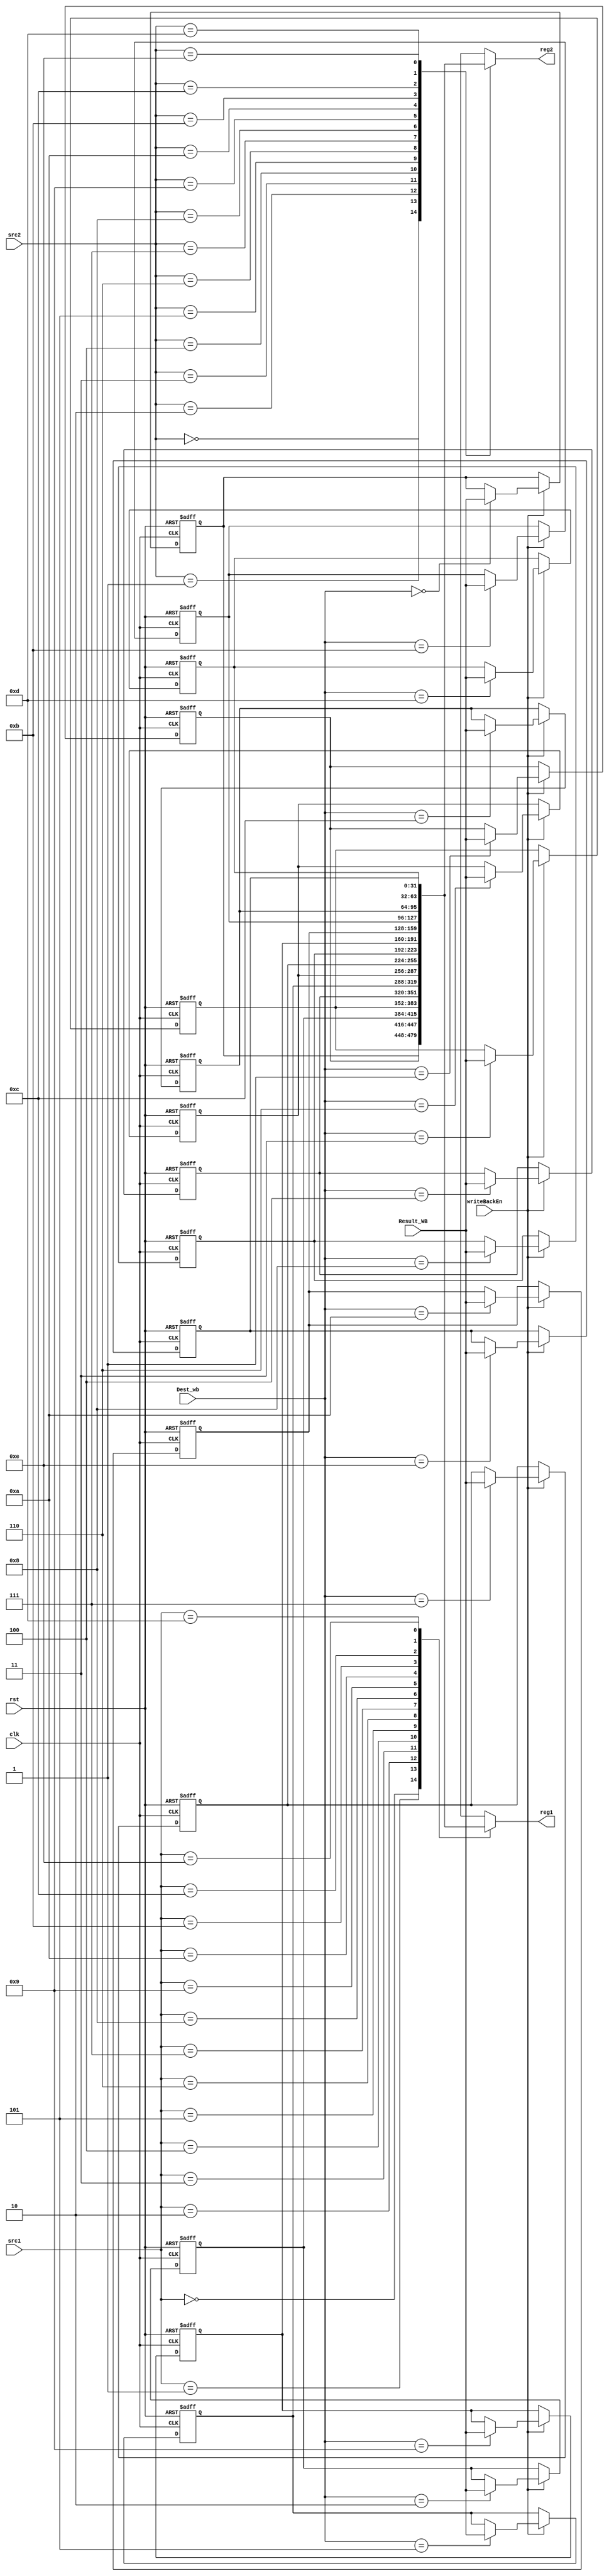
module RegisterFile( input clk, rst, 
                     input [3:0] src1, src2, Dest_wb, 
                     input [31:0] Result_WB, 
                     input writeBackEn, 
                     output [31:0] reg1, reg2);
reg [31:0] REGS [0:14];

always @(negedge clk, posedge rst) begin
    if(rst) begin
        REGS[0] <= 32'b0;
        REGS[1] <= 32'd1;
        REGS[2] <= 32'd2;
        REGS[3] <= 32'd3;
        REGS[4] <= 32'd4;
        REGS[5] <= 32'd5;
        REGS[6] <= 32'd6;
        REGS[7] <= 32'd7;
        REGS[8] <= 32'd8;
        REGS[9] <= 32'd9;
        REGS[10] <= 32'd10;
        REGS[11] <= 32'd11;
        REGS[12] <= 32'd12;
        REGS[13] <= 32'd13;
        REGS[14] <= 32'd14;
    end
    else if (~clk) begin
        if (writeBackEn) REGS[Dest_wb] <= Result_WB;
    end
end
assign reg1 = REGS[src1];
assign reg2 = REGS[src2];
endmodule